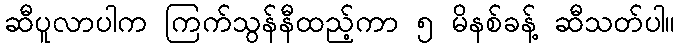
ဆီပူလာပါက ကြက်သွန်နီထည့်ကာ ၅ မိနစ်ခန့် ဆီသတ်ပါ။